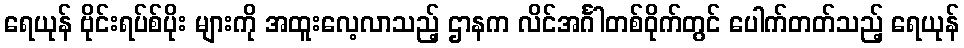
ရေယုန် ဗိုင်းရပ်စ်ပိုး များကို အထူးလေ့လာသည့် ဌာနက လိင်အင်္ဂါတစ်ဝိုက်တွင် ပေါက်တတ်သည့် ရေယုန်